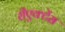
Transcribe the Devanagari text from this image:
रीएक्टेंस